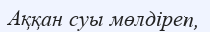
Аққан суы мөлдіреп,